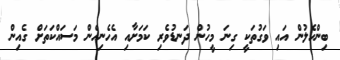
ބިންހެލުން އައި ވަގުތަކީ ގިނަ މީހުން ދަނޑުވެރި ކަމަށާއި އެހެނިހެން މަސައްކަތަށް ގެއިން